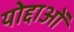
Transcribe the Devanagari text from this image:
योद्दाओं